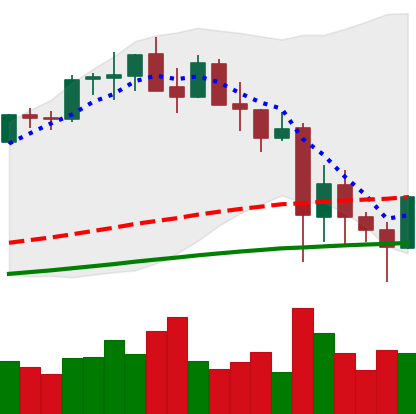
Ticker: ETH-USD
Chart end date: 2021-05-24
Forward return: -13.772%
Label: down_7plus